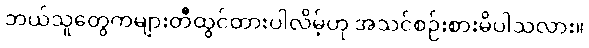
ဘယ်သူတွေကများတီထွင်ထားပါလိမ့်ဟု အသင်စဉ်းစားမိပါသလား။